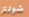
شولتز